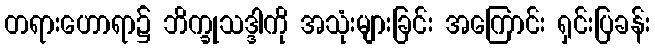
တရားဟောရာ၌ ဘိက္ခုသဒ္ဒါကို အသုံးများခြင်း အကြောင်း ရှင်းပြခန်း